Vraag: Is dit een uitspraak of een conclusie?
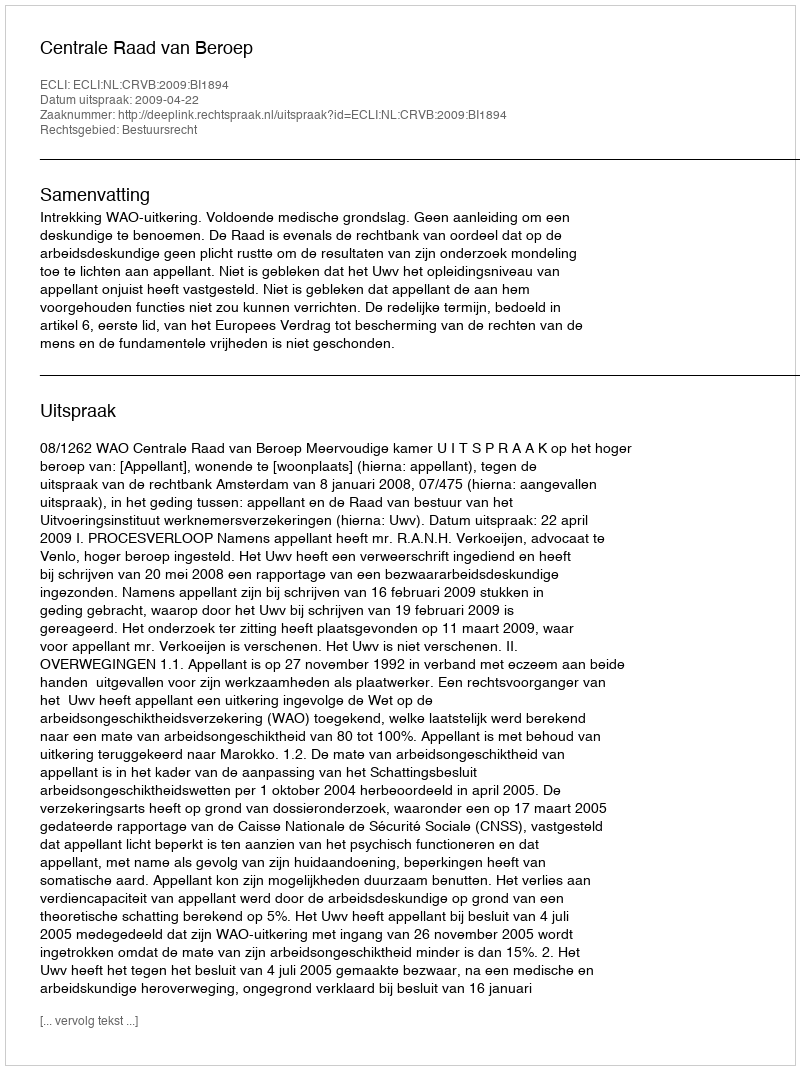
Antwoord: Uitspraak